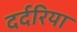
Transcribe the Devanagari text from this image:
दर्दरिया